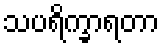
သပရိက္ခာရတာ